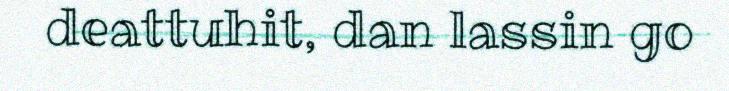
deattuhit, dan lassin go